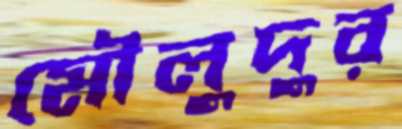
মৌলুদুর